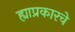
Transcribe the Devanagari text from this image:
ह्याप्रकारचे